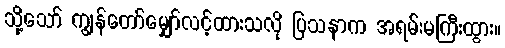
သို့သော် ကျွန်တော်မျှော်လင့်ထားသလို ပြသနာက အရမ်းမကြီးထွား။